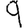
Digit: 9